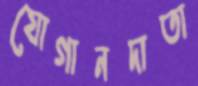
যোগানদাতা